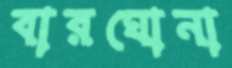
বারঘোনা